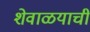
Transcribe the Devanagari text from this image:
शेवाळयाची